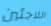
اللاجئين